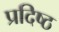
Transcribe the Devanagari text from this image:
प्रदिष्ठ